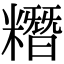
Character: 糣